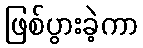
ဖြစ်ပွားခဲ့ကာ